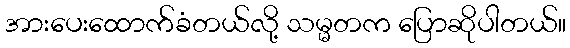
အားပေးထောက်ခံတယ်လို့ သမ္မတက ပြောဆိုပါတယ်။